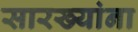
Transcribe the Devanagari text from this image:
सारख्यांना